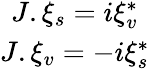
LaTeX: \begin{array}{c}{{J.\xi_{s}=i\xi_{v}^{*}}}\\ {{J.\xi_{v}=-i\xi_{s}^{*}}}\end{array}